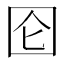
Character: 囵